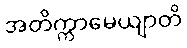
အတိက္ကာမေယျာတိ